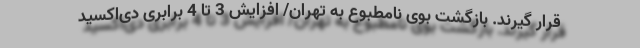
قرار گیرند. بازگشت بوی نامطبوع به تهران/ افزایش 3 تا 4 برابری دی‌اکسید